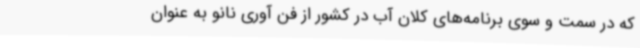
که در سمت‌ و سوی برنامه‌های کلان آب در کشور از فن آوری نانو به عنوان